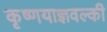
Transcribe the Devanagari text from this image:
कृष्णयाज्ञवल्की